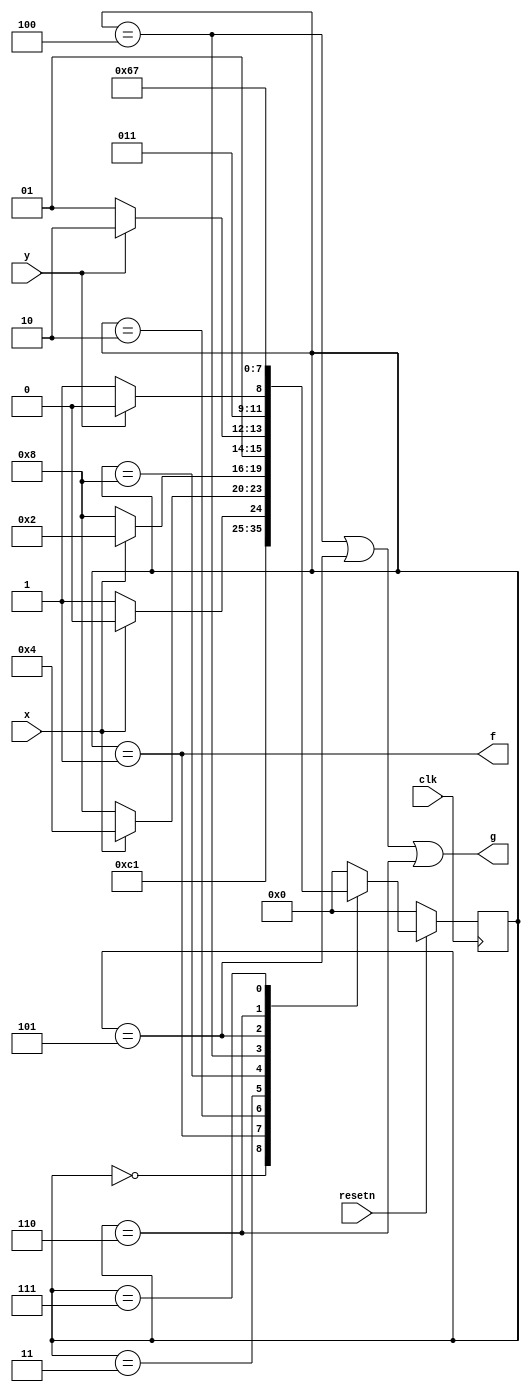
//https://hdlbits.01xz.net/wiki/Exams/2013_q2bfsm

module top_module (
    input clk,
    input resetn,    // active-low synchronous reset
    input x,
    input y,
    output f,
    output g
); 

    parameter A = 4'b0000, B = 4'b0001, C=4'b0010,D=4'b0011,
    E = 4'b0100, F = 4'b0101,G=4'b0110,H=4'b0111,I = 4'b1000;


    reg [3:0]state;
    reg [3:0]next_state;

    always @(*) begin
        case (state)
            A:next_state = B; 
            B:next_state = I;
            C:next_state = x?C:D;
            D:next_state = x?E:I;
            I:next_state = x?C:I;
            E:next_state = y?G:F;
            F:next_state = y?G:H;
            G:next_state = G;
            H: next_state = H;
            default:next_state = A;
        endcase
    end

    always @(posedge clk ) begin
        if(!resetn)
            state <= A;
        else
            state <= next_state;
    end

    assign f=(state==B);
    assign g = (state==E || state==F || state ==G);
endmodule